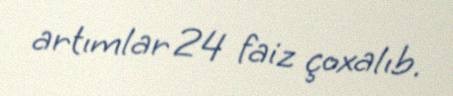
artımlar 24 faiz çoxalıb.